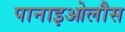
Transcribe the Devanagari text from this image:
पानाइओलौस